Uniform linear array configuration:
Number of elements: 48
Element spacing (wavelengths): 0.75
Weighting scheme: exponential
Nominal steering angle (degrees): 15
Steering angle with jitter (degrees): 15.681
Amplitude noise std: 0.05
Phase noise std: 0.05

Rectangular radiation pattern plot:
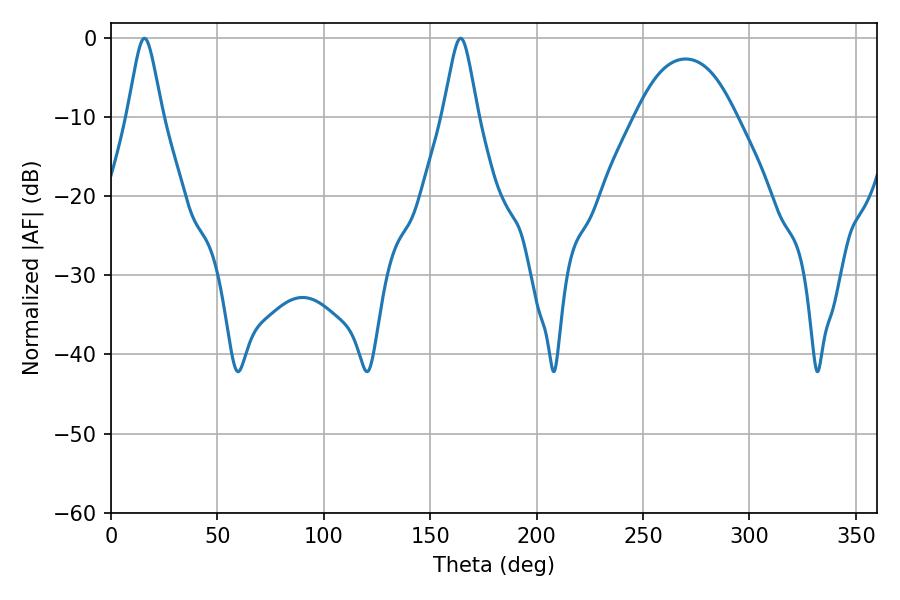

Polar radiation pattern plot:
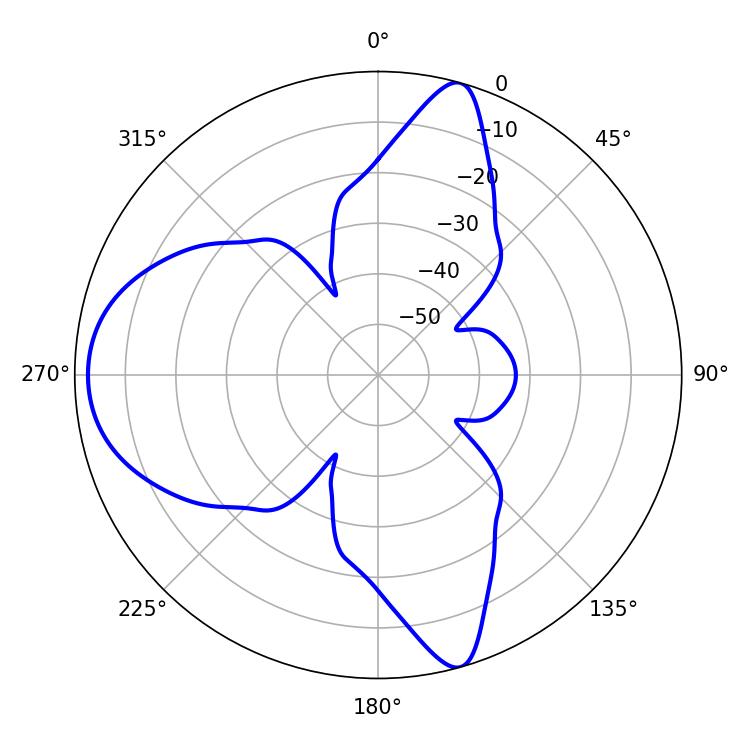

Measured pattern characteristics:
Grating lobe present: TRUE
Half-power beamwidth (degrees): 7.74
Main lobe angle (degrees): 15.66